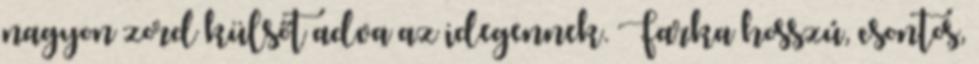
nagyon zord külsőt adva az idegennek. Farka hosszú, csontos,